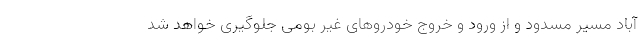
آباد مسیر مسدود و از ورود و خروج خودروهای غیر بومی جلوگیری خواهد شد